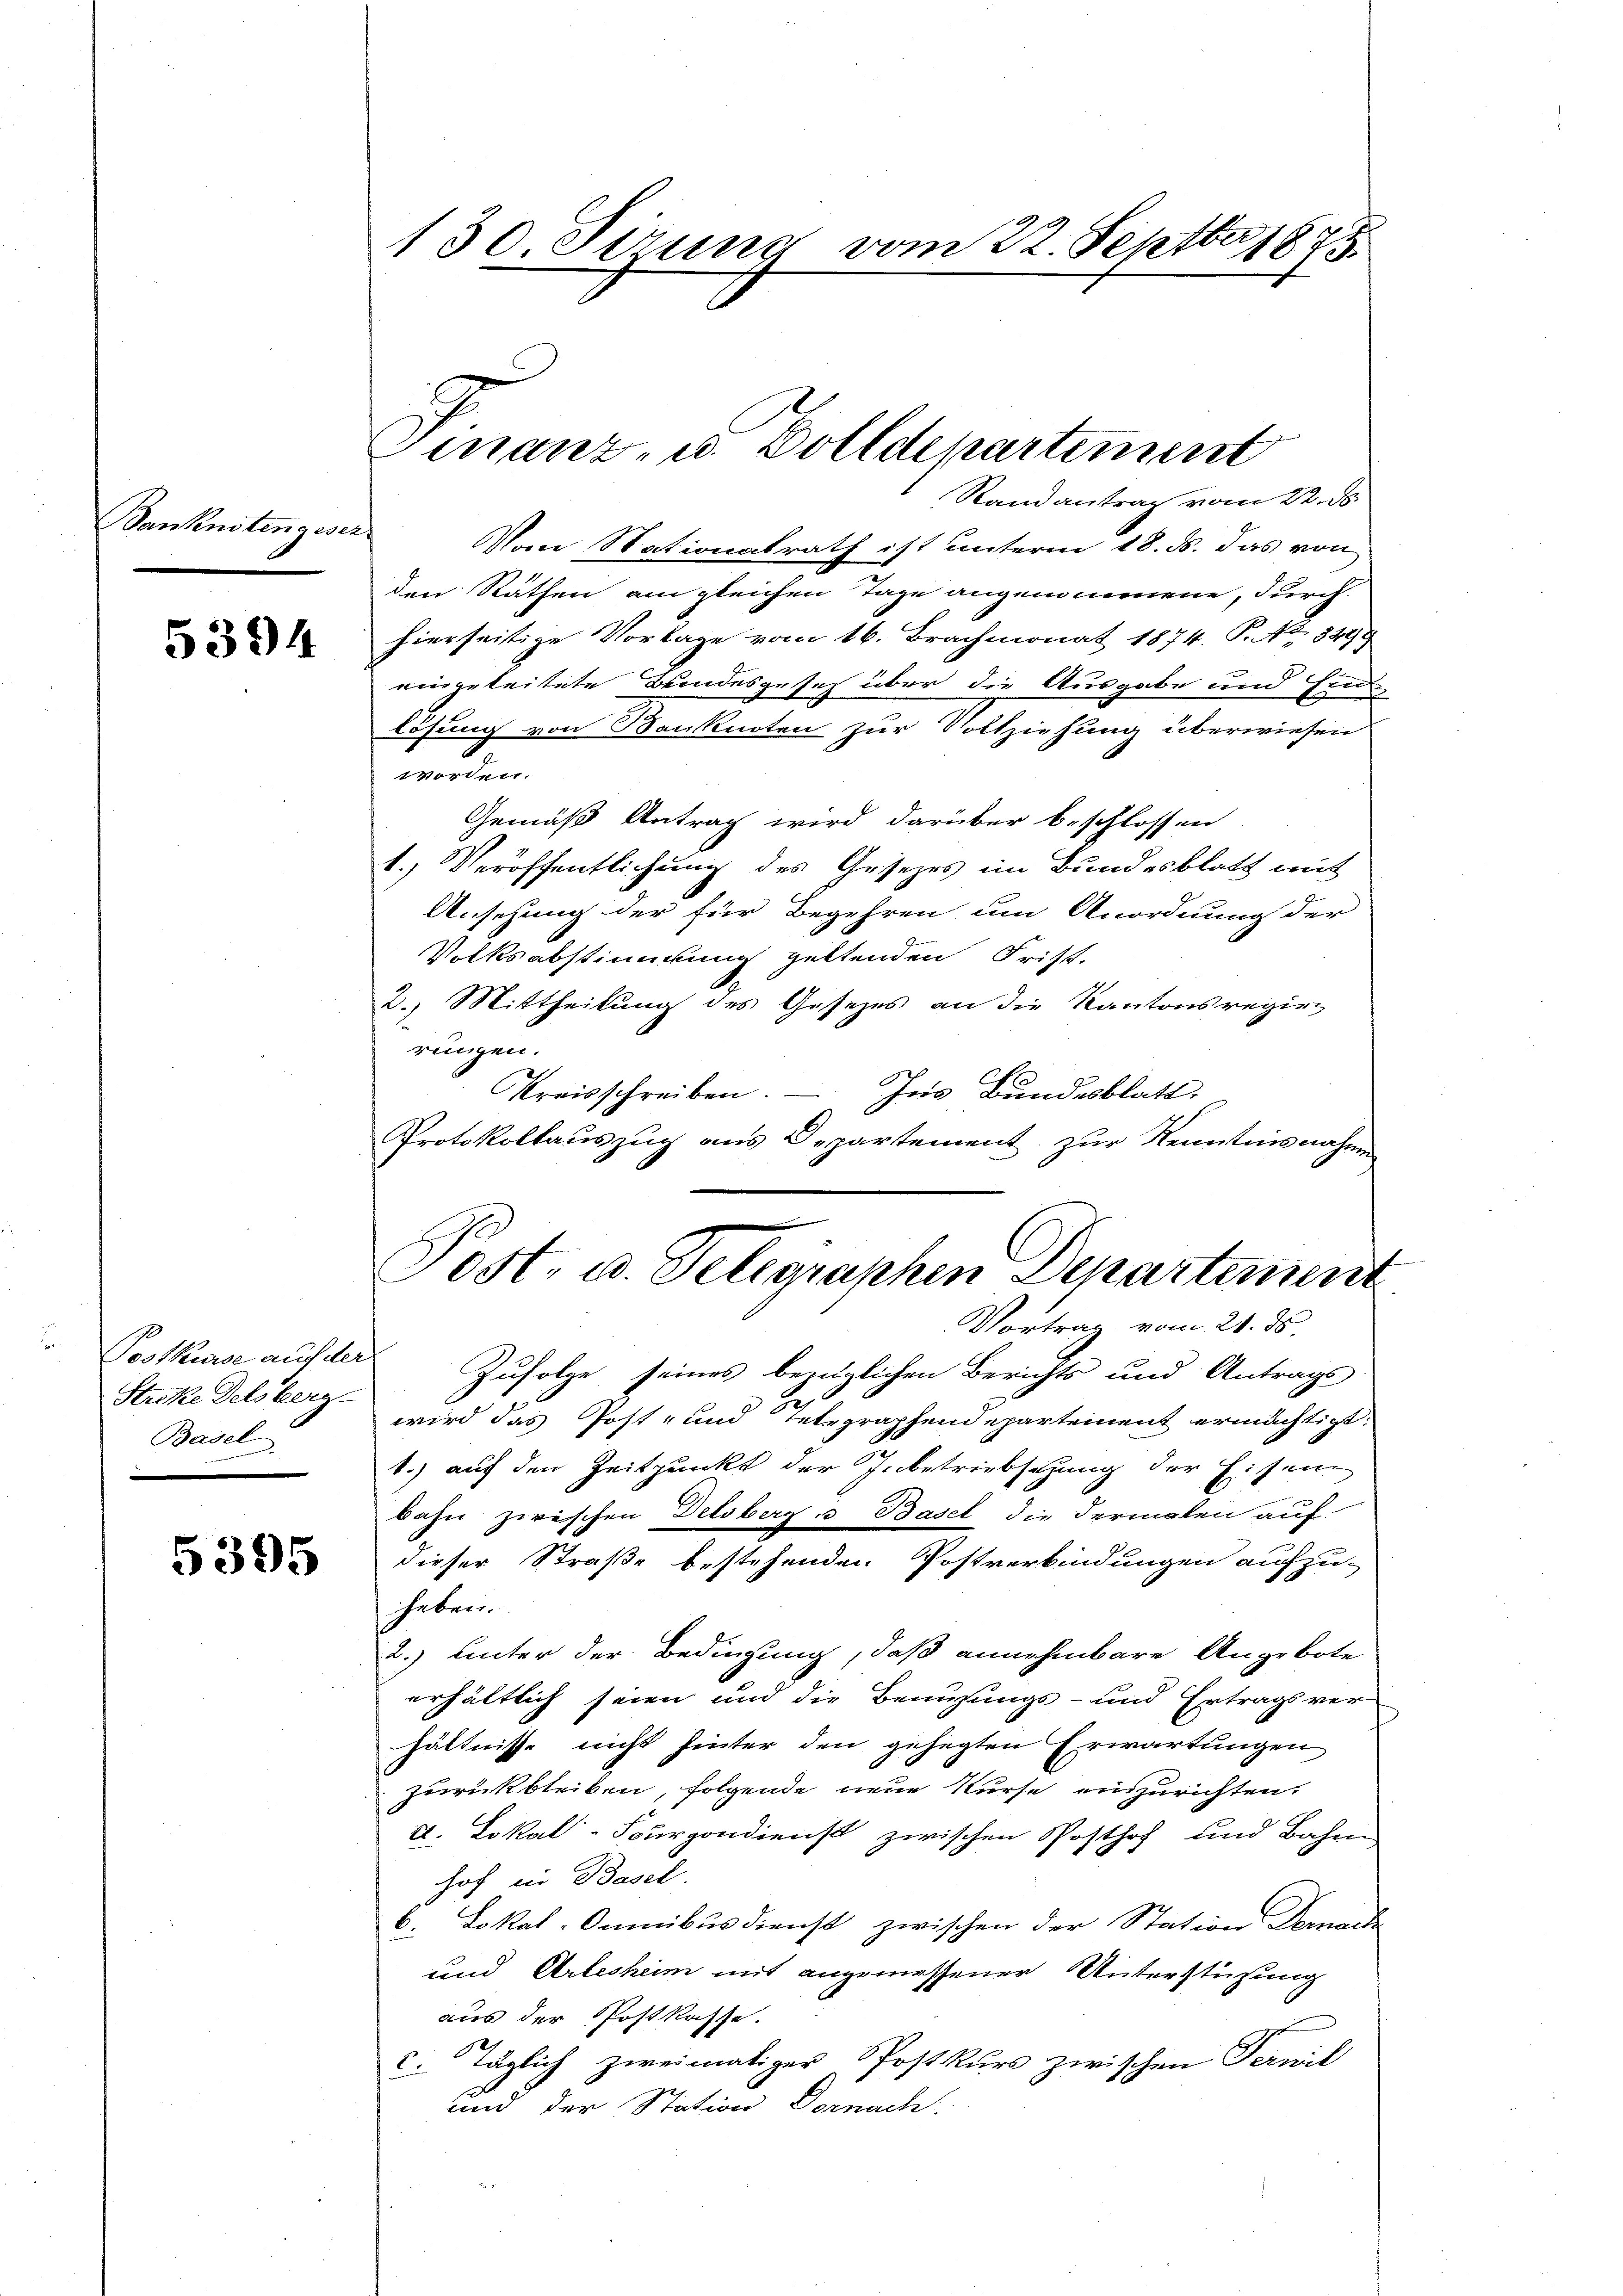
Sanknotenz wer¬

5394

Streke Delsberg-
Basel

5395

130. Sirung vom 22. Septbr 1895

Randantrag vom 22. ds
Vom Nationalrath ist unterm 18. ds. das von
den Räthen am gleichen Tage angenommene, durch
hierseitige Vorlage vom 16. Brachmonat 1874. P. No. 5499
eingeleitete Bundesgesetz über die Ausgabe und Hin
lösung von Banknoten zur Vollziehung überwiesen
worden.
Gemäß Antrag wird darüber beschlossen
1.) Veröffentlichung des Gesezes im Bundesblatt mit
Ansehung der für Begehren um Anordnung der
Volksabstimmung geltenden Frist-
2.) Mittheilung des Gesezes an die Kantonsregir
rungen.
Kreisschreiben. — Ins Bundesblatt.
Protokollauszug aus Departement zur Kenntnisnahmen
Postkurse auf der Zufolge seines bezüglichen Berichts und Antrags
wird das Post- und Telegraphendepartement ermächtigt.
1.) auf den Zeitpunkt der Inbetriebsezung der Eisen
bahn zwischen Delsberg u Basel die dermalen auf
dieser Straße bestehenden Postverbindungen aufzu-
heben.
2.) unter der Bedingung, daß annehmbare Angebote
erhältlich seien und die Benuzungs- und Ertragsver-
hältnisse nicht hinter den gehegten Erwartungen
zurückbleiben, folgende neue Kurse anzurichten.
d. Lokal Fourgondienst zwischen Posthof und Bahren
hof in Basel.
6. Lokal-Omnibus dienst zwischen der Station Vermeide
und Arlesheim mit angemessener Unterstützung
aus der Postkasse.
c. Täglich zweimaliger Postkurs zwischen Fernil
und der Station Dornach.

Finanz- u. Zolldepartement

Post, u. Telegraphen Departement
Vortrag vom 21. ds.